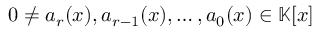
0 \neq a _ { r } ( x ) , a _ { r - 1 } ( x ) , \ldots , a _ { 0 } ( x ) \in \mathbb { K } [ x ]